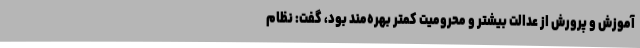
آموزش و پرورش از عدالت بیشتر و محرومیت کمتر بهره‌مند بود، گفت: نظام